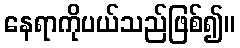
နေရာကိုပယ်သည်ဖြစ်၍။